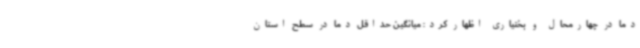
دما در چهارمحال و بختیاری اظهار کرد: میانگین حداقل دما در سطح استان